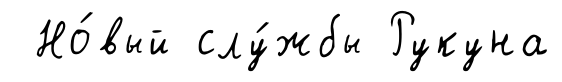
Но́вый слу́жбы Рукуна